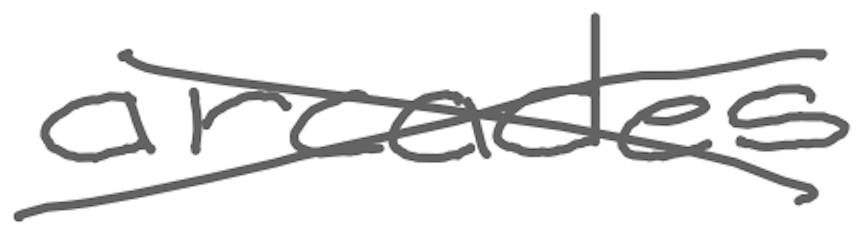
Text: arcades
Cross-out: cross
Writing tool: digital_gray